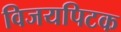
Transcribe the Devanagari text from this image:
विजयपिटक